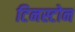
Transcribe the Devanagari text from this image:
टिनस्टोन